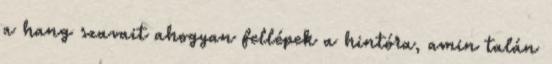
a hang szavait ahogyan fellépek a hintóra, amin talán